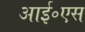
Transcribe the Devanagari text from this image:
आई॰एस